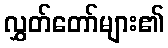
လွှတ်တော်များ၏